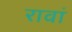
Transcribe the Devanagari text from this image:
रावां